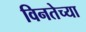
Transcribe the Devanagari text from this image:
विनतेच्या